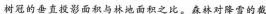
树冠的垂直投影面积与林地面积之比。森林对降雪的截